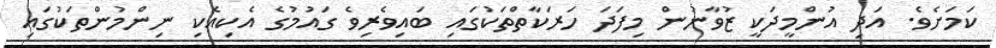
ކަމަށެވެ. އަދި އުންމީދަކީ ޒުވާނުން މިފަދަ ހަރަކާތްތަކުގައި ބައިވެރިވެ ގައުމުގެ އެކިއެކި ނިންމުންތަކުގައި